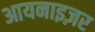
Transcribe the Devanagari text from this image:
आयनाइज़र